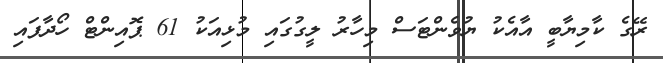
ރޭގެ ކާމިޔާބީ އާއެކު ޔުވެންޓަސް މިހާރު ލީގުގައި މުޅިއަކު 61 ޕޮއިންޓް ހޯދާފައި